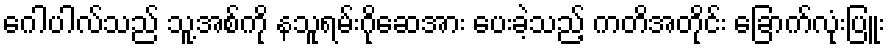
ဂေါပါလ်သည် သူ့အစ်ကို နသူရမ်းဂိုဆေအား ပေးခဲ့သည့် ကတိအတိုင်း ခြောက်လုံးပြူး